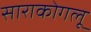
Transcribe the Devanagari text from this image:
साराकोगलू